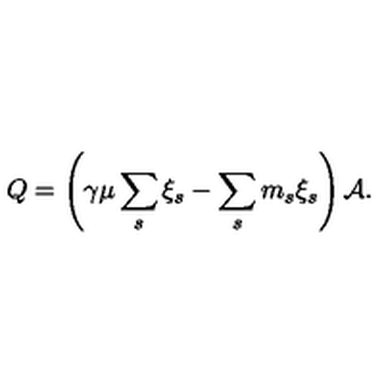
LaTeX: Q = \left( \gamma \mu \sum _ { s } \xi _ { s } - \sum _ { s } m _ { s } \xi _ { s } \right) { \cal A } .